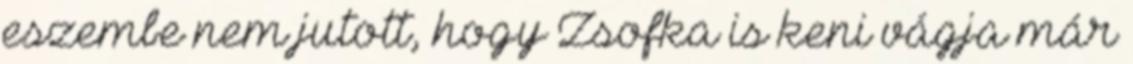
eszembe nem jutott, hogy Zsofka is keni vágja már